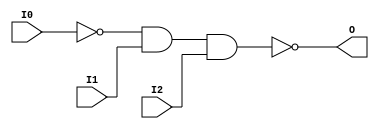
module NAND3B1 (O, I0, I1, I2);

    output O;

    input  I0, I1, I2;

    wire i0_inv;

    not N0 (i0_inv, I0);
    nand A1 (O, i0_inv, I1, I2);


endmodule